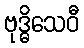
ဗုဒ္ဓိသေဝီ